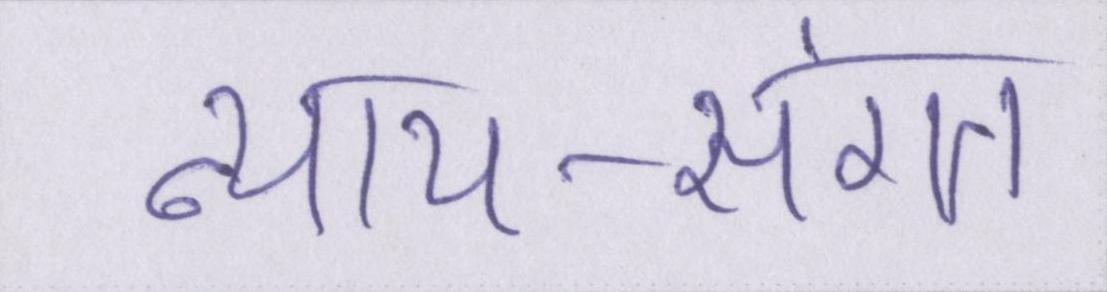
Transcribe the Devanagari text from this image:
न्याय-संगत